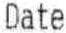
DATE